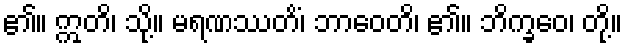
၏။ ဣတိ၊ သို့။ မရဏဿတိံ၊ ဘာဝေတိ၊ ၏။ ဘိက္ခဝေ၊ တို့။